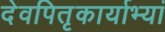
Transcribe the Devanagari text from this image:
देवपितृकार्याभ्यां